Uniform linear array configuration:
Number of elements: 16
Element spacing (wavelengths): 0.75
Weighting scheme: hamming
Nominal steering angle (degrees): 45
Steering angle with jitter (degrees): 44.901
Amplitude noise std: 0.05
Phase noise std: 0.05

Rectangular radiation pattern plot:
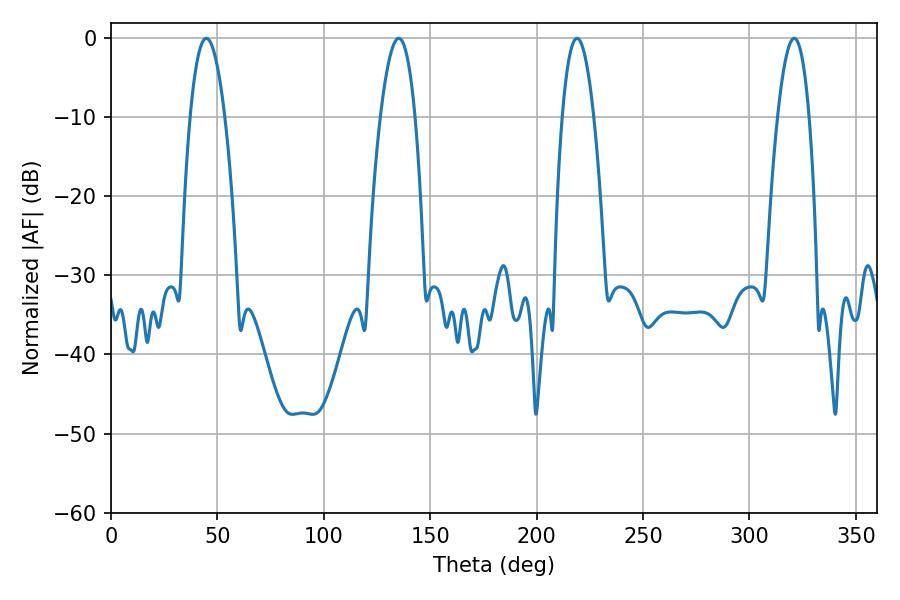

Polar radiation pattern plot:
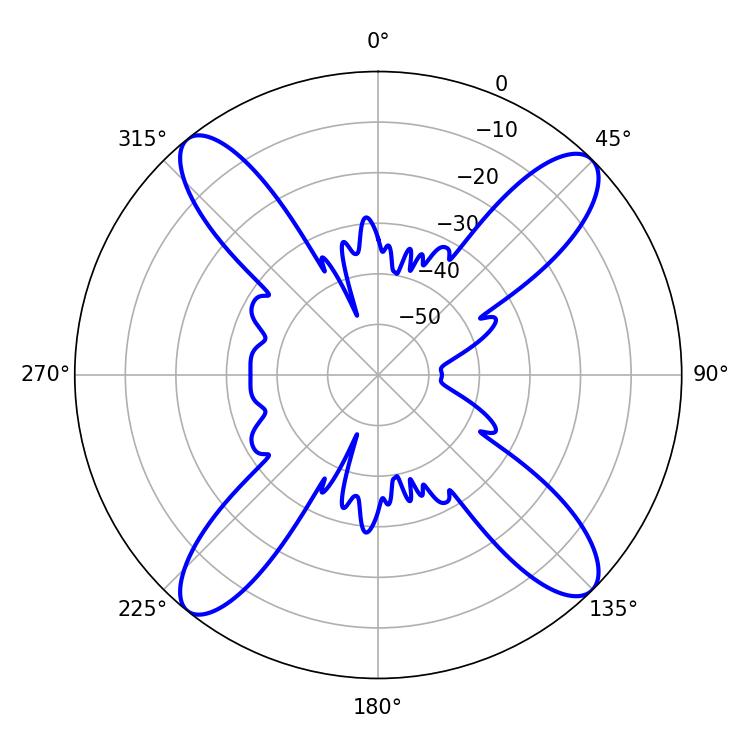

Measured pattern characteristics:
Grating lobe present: TRUE
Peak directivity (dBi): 16.573
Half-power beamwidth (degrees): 9
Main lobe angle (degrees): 135.18